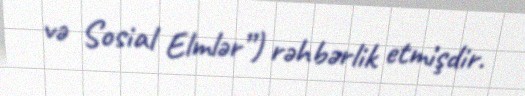
və Sosial Elmlər”) rəhbərlik etmişdir.